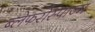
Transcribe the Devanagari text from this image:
ब्लेफरोस्पाज्म